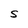
Character: S